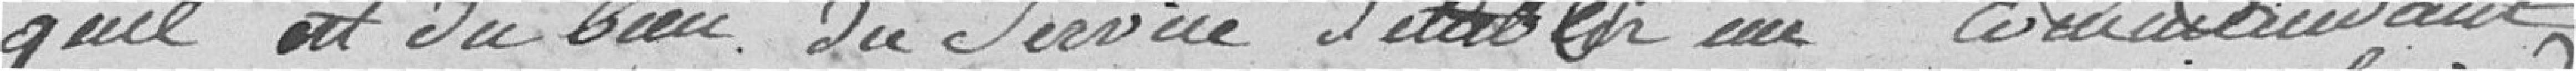
qu'il est du bien du service d'établir un commandant